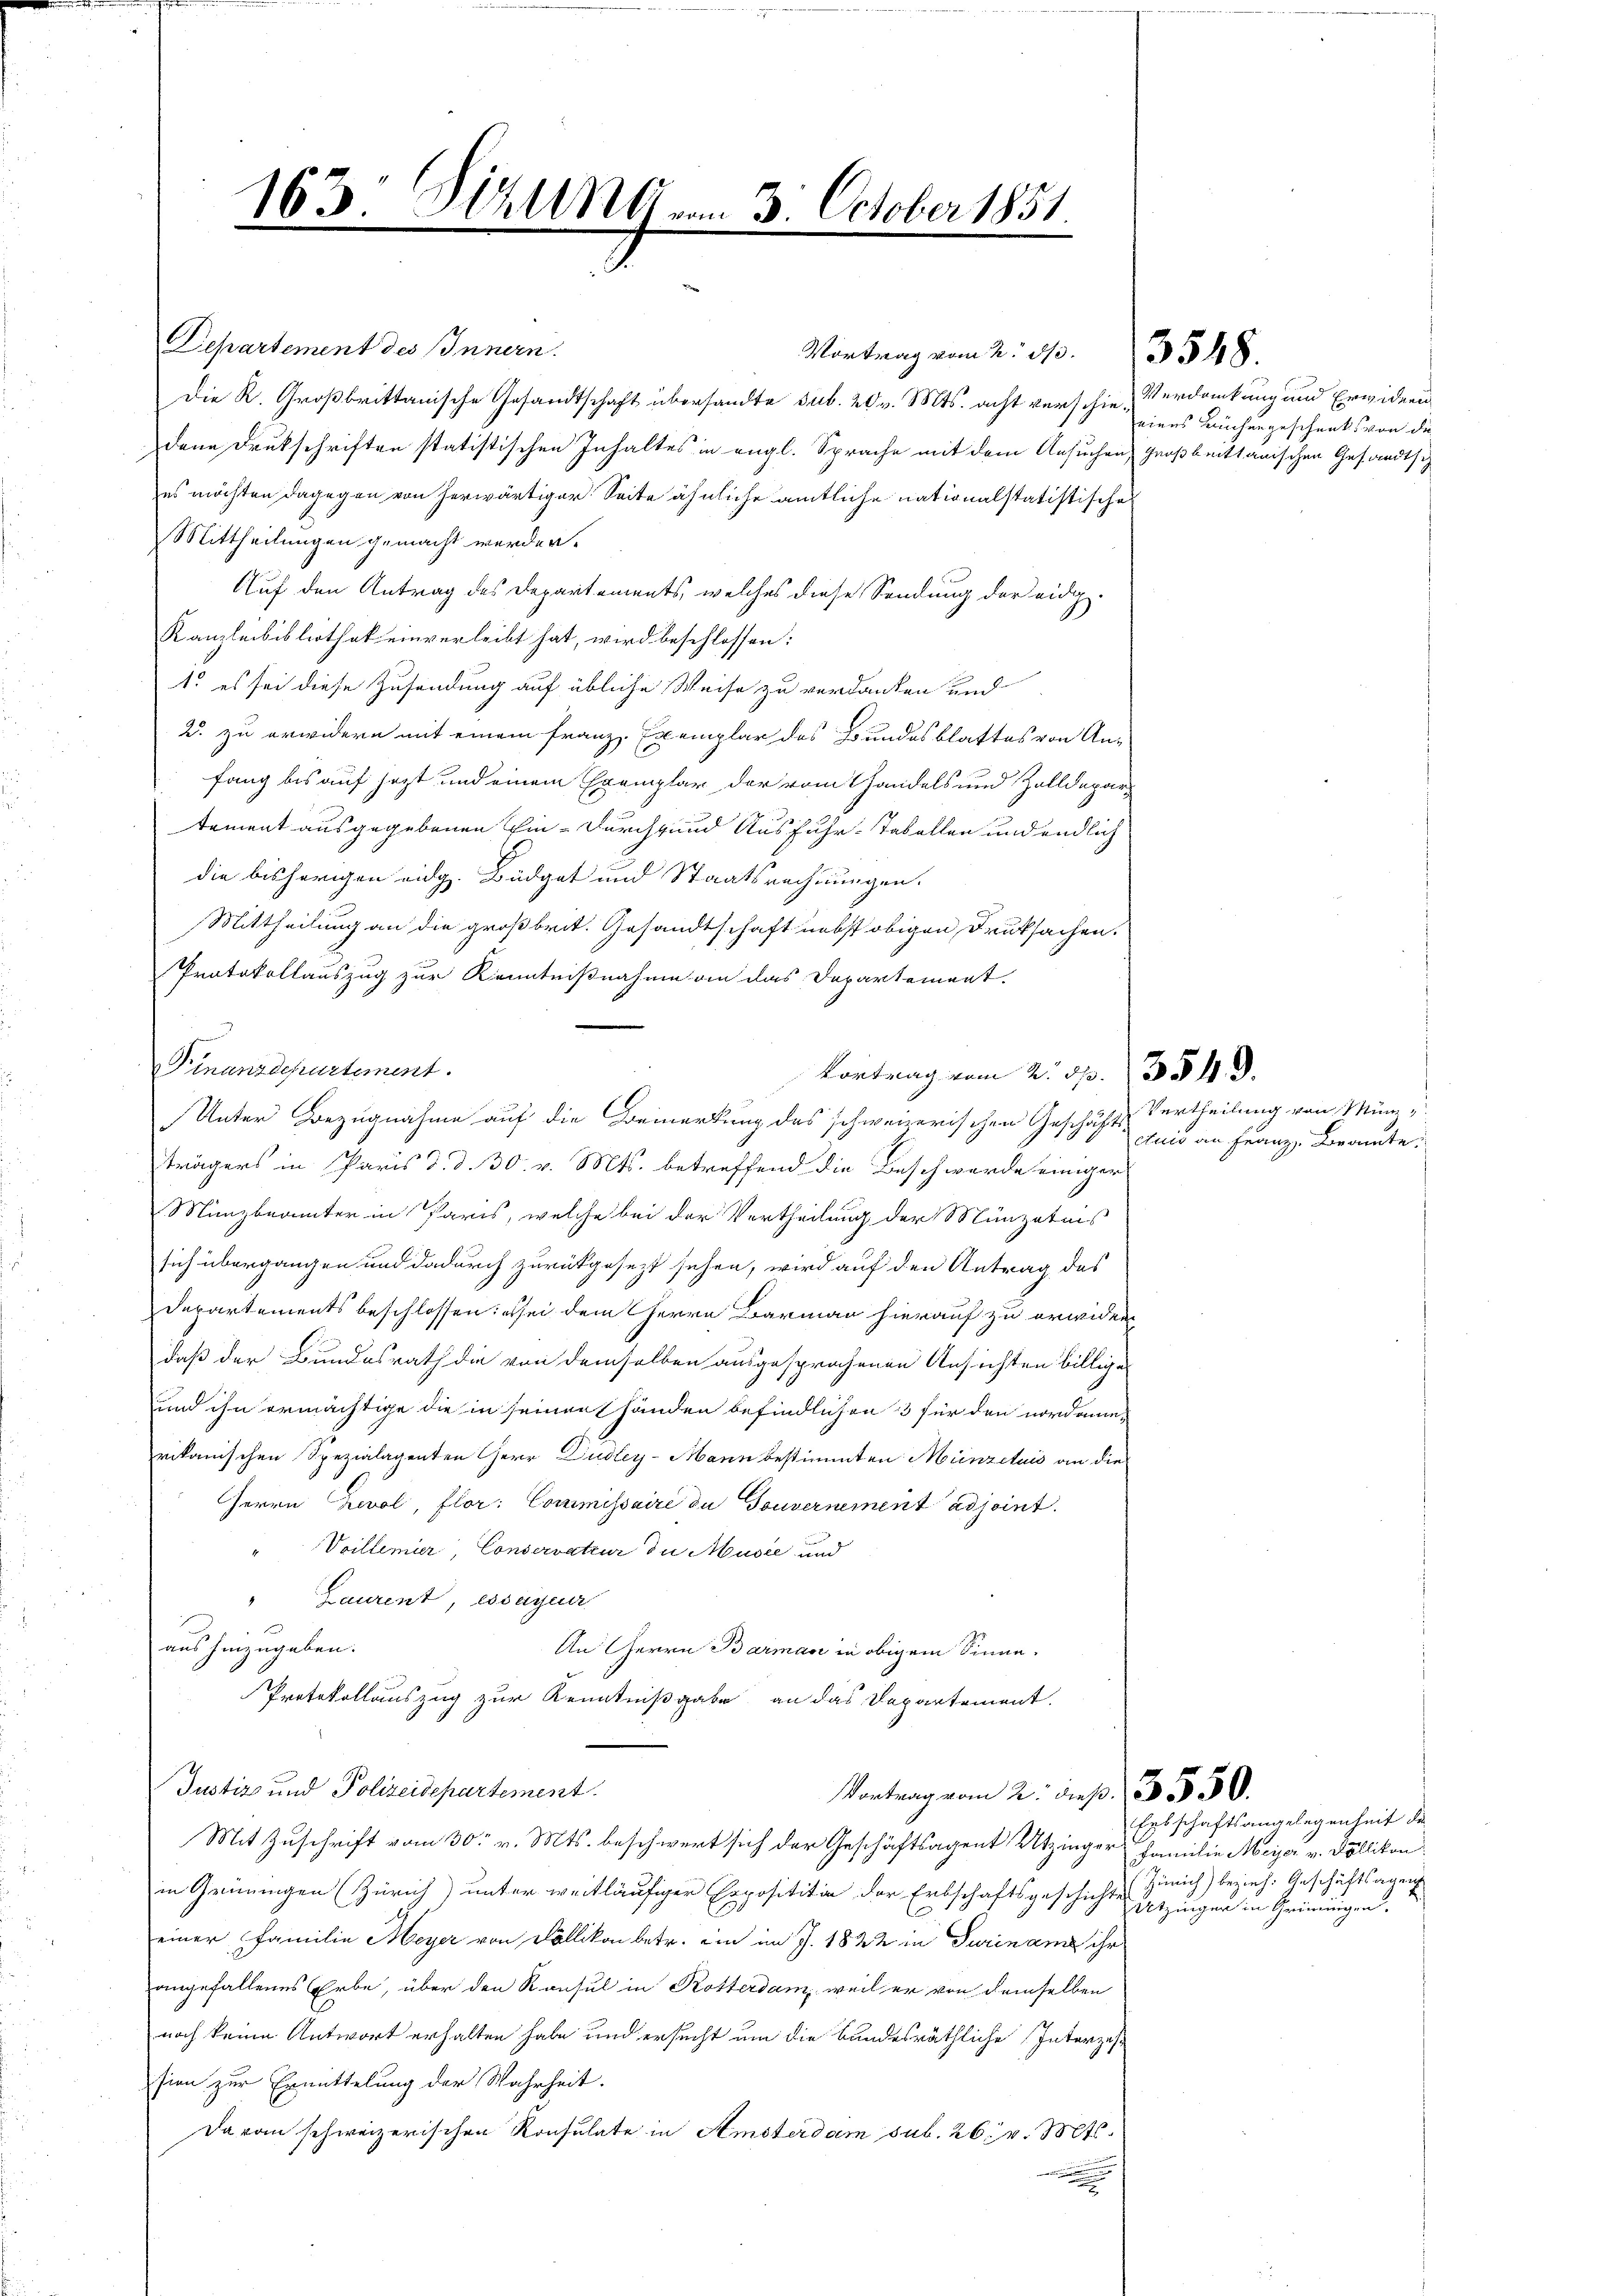
163. Stallnn am 3. October 1851
.
.
.
.

Departement des Innern.
Die R. Großbrittanische Gesandtschaft übersandte sub. 20 v. Mts. acht verschie-Verdankung und Erwidern
dene Drukschriften statistischen Inhaltes in engl. Sprache mit dem Ansuchen großbrittanischen Gesandtsch
es möchten dagegen von herwärtiger Seite ähnliche amtliche nationalstatistische
Mittheilungen gemacht werden.
Auf den Antrag des Departements, welches diese Sendung der eidg.
Kanzleibibliothek einverleibt hat, wird beschlossen:
1. es sei diese Zusendung auf übliche Weise zu verdanken und
2. zu erwidern mit einem Franz Exemplar des Bundesblattes von An-
fang bis auf jetzt und einem Exemplar der vom Handels und Zolldepartement ausgegebenen Ein- durchsund Ausfuhr- Tabellen und endlich
die bisherigen eidg. Büdget und Staatsrechnungen.
Mittheilung an die großbrit. Gesandtschaft nebst obigen Druksachen.
Protokollauszug zur Kenntnißnahme an das Departement.
Finanzdepartement.
Unter Bezugnahme auf die Bemerkung des schweizerischen Geschäfts Vertheilung von Münträgers in Paris d. d. 30. v. Mts. betreffend die Beschwerde einiger
Münzbeamter in Paris, welche bei der Vertheilung der Münzatnis
sich übergangen und dadurch zurückgesezt sehen, wird auf den Antrag des
Departements beschlossen: es sei dem Herrn Barmann hierauf zu erwider
daß der Bundesrath die von demselben ausgesprochenen Ansichten billige
und ihn ermächtige die in seinen Händen befindlichen 3 für den nordame-
rikanischen Spezialagenten HHerr Dudley-Mann bestimmten Münzetuis an die
Herrn Bevol, flor: Commissaire de Gouvernement adjoint.
Voillemier, Conservateur die Muste und
" Laurent, essayeur
aus hinzugeben.
An Herrn Barman in obigem Sinne.
Protokollauszug zur Kenntnißgabe an das Departement.
Justiz- und Polizeidepartement.
Vortrag vom 2. dieß. 3550.
Mit Zuschrift vom 30. v. Mts. beschwert sich der Geschäftsagent Utzinger Familie Meyer v. Döllikon
in Grüningen (Zürich unter weitläufiger Exposititin der Erbschaftsgeschicht Utzinger in Grüningen.
einer Familie Meyer von Dällikon betr. ein im J. 1822 in Turinam ihr
angefallenes Erbe, über den Konsul in Rotterdam, weil er von demselben
noch keine Antwort erhalten habe und ersucht um die bundesräthliche Interzes
sien zur Ermittelung der Wahrheit.
Davon schweizerischen Konsulate in Amsterdam sub. 26. v. Mts.
.

Vortrag vom 2. 3. 548.

Vortrag vom 2. sp. 3549.

eines Buchargeschenks von die

cuis an Franz Brannte.

Erbschaftsangelegenheit de
Zürich) beziehe Geschäftsagen